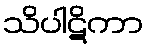
သိပါဋိကာ